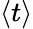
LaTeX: \langle t\rangle